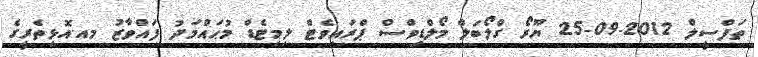
ތަފްސީލް 2012-09-25 ޔޫރޯ ގްލޯބަލް މޯލްޑިވްސް ޕްރައިވެޓް ލިމިޓެޑް މުޙައްމަދު ފައްވާޒު މއ.އޮޅިތެރީގެ